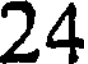
24